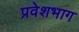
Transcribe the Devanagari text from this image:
प्रवेशभाग